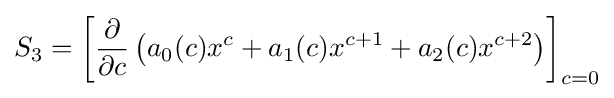
S_{3}=\left[{\frac {\partial }{\partial c}}\left(a_{0}(c)x^{c}+a_{1}(c)x^{c+1}+a_{2}(c)x^{c+2}\right)\right]_{c=0}